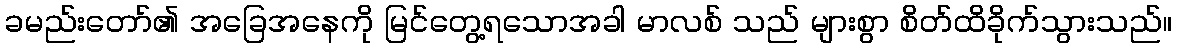
ခမည်းတော်၏ အခြေအနေကို မြင်တွေ့ရသောအခါ မာလစ် သည် များစွာ စိတ်ထိခိုက်သွားသည်။